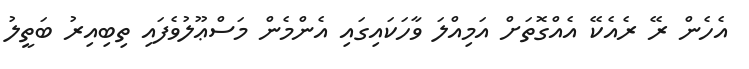
އެހެން ރޭ ރެއެކޭ އެއްގޮތަށް އަމިއްލަ ވާހަކައިގައި އެންމެން މަސްޢޫލުވެފައި ތިބިއިރު ބަތީލު